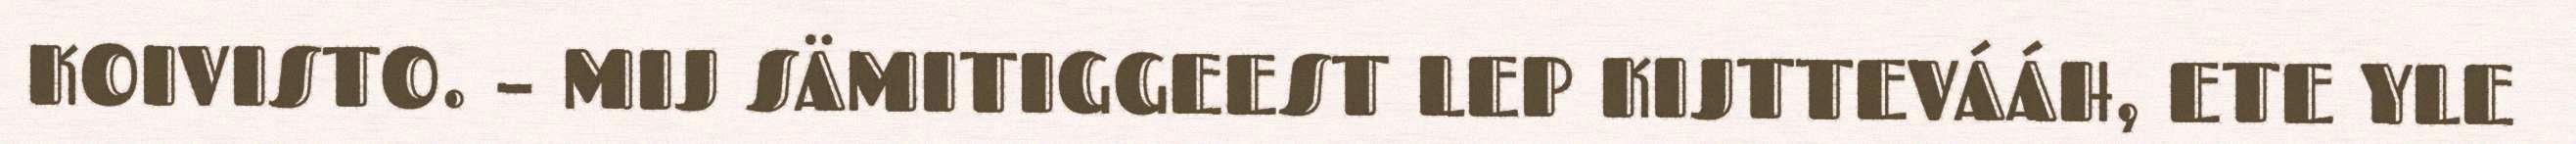
KOIVISTO. – MIJ SÄMITIGGEEST LEP KIJTTEVÁÁH, ETE YLE